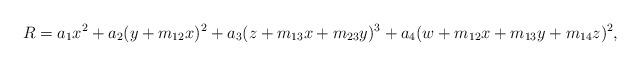
LaTeX: \begin{align*} R = a_{1} x^{2} + a_{2} (y + m_{12} x)^{2} + a_{3} (z + m_{13} x + m_{23} y)^{3} + a_{4} (w + m_{12} x + m_{13} y + m_{14} z)^{2},\end{align*}